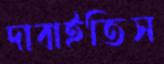
দাবাইতিস